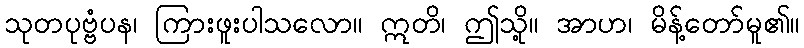
သုတပုဗ္ဗံပန၊ ကြားဖူးပါသလော။ ဣတိ၊ ဤသို့။ အာဟ၊ မိန့်တော်မူ၏။